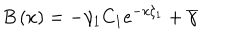
B \left( x \right) = - \gamma _ { 1 } C _ { 1 } e ^ { - x \xi _ { 1 } } + \overline { { { \gamma } } }